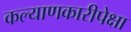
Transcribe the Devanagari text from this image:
कल्याणकारीपेक्षा